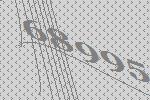
68995